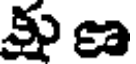
కు ణ